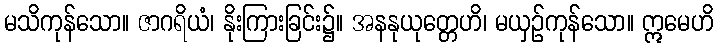
မသိကုန်သော။ ဇာဂရိယံ၊ နိုးကြားခြင်း၌။ အနနုယုတ္တေဟိ၊ မယှဉ်ကုန်သော။ ဣမေဟိ